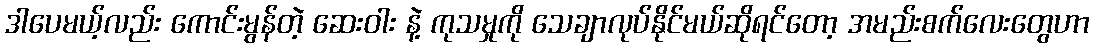
ဒါပေမယ့်လည်း ကောင်းမွန်တဲ့ ဆေးဝါး နဲ့ ကုသမှုကို သေချာလုပ်နိုင်မယ်ဆိုရင်တော့ အမည်းစက်လေးတွေဟာ